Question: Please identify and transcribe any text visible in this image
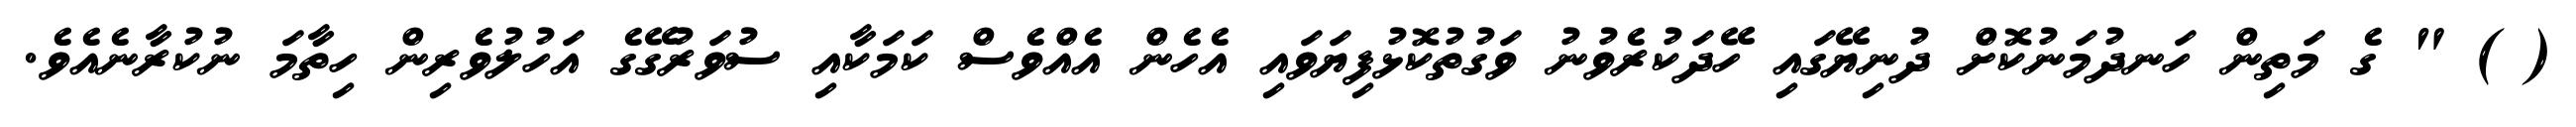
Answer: ( ) " ގެ މަތިން ހަނދުމަނުކޮށް ދުނިޔޭގައި ހޭދަކުރެވުނު ވަގުތުކޮޅުފިޔަވައި އެހެން އެއްވެސް ކަމަކާއި ސުވަރުގޭގެ އަހުލުވެރިން ހިތާމަ ނުކުރާނެއެވެ.